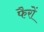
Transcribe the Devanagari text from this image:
फैरों